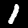
Label: 1